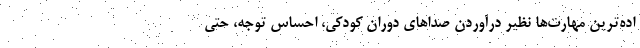
اده‌ترین مهارت‌ها نظیر درآوردن صداهای دوران کودکی، احساس توجه، حتی